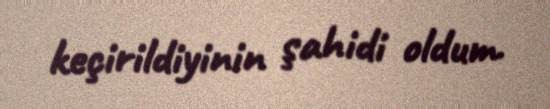
keçirildiyinin şahidi oldum.